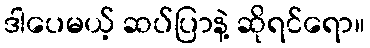
ဒါပေမယ့် ဆပ်ပြာနဲ့ ဆိုရင်ရော။